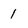
Character: 1